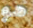
هو